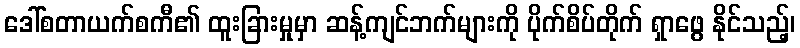
ဒေါ်စတာယက်စကီ၏ ထူးခြားမှုမှာ ဆန့်ကျင်ဘက်များကို ပိုက်စိပ်တိုက် ရှာဖွေ နိုင်သည့်၊